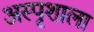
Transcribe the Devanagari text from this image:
अस्पृशाला